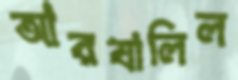
আরযালিল